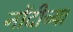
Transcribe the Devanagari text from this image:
नोंदीच्या